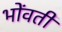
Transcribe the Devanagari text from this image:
भोंवतीं